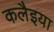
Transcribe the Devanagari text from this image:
कलैइया